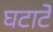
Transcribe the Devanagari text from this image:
घटाटे